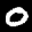
Label: 0